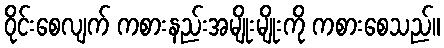
ဝိုင်းစေလျက် ကစားနည်းအမျိုးမျိုးကို ကစားစေသည်။